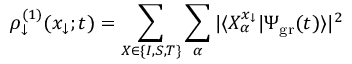
\rho _ { \downarrow } ^ { ( 1 ) } ( x _ { \downarrow } ; t ) = \sum _ { X \in \{ I , S , T \} } \sum _ { \alpha } | \langle X _ { \alpha } ^ { x _ { \downarrow } } | \Psi _ { \mathrm { g r } } ( t ) \rangle | ^ { 2 }